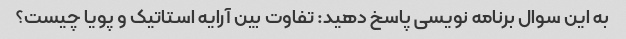
به این سوال برنامه نویسی پاسخ دهید: تفاوت بین آرایه استاتیک و پویا چیست؟